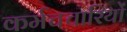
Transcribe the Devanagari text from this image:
कर्मचचारियों